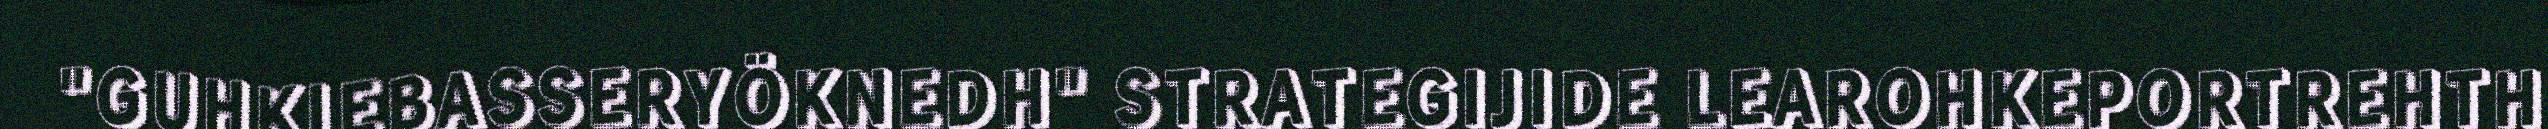
"GUHKIEBASSERYÖKNEDH" STRATEGIJIDE LEAROHKEPORTREHTH